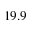
1 9 . 9